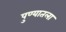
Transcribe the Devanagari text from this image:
पुण्यातला